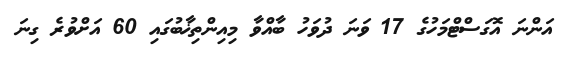
އަންނަ އޮގަސްޓްމަހުގެ 17 ވަނަ ދުވަހު ބާއްވާ މިއިންތިޚާބުގައި 60 އަށްވުރެ ގިނަ